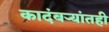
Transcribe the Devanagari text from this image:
कादंबर्‍यांतही